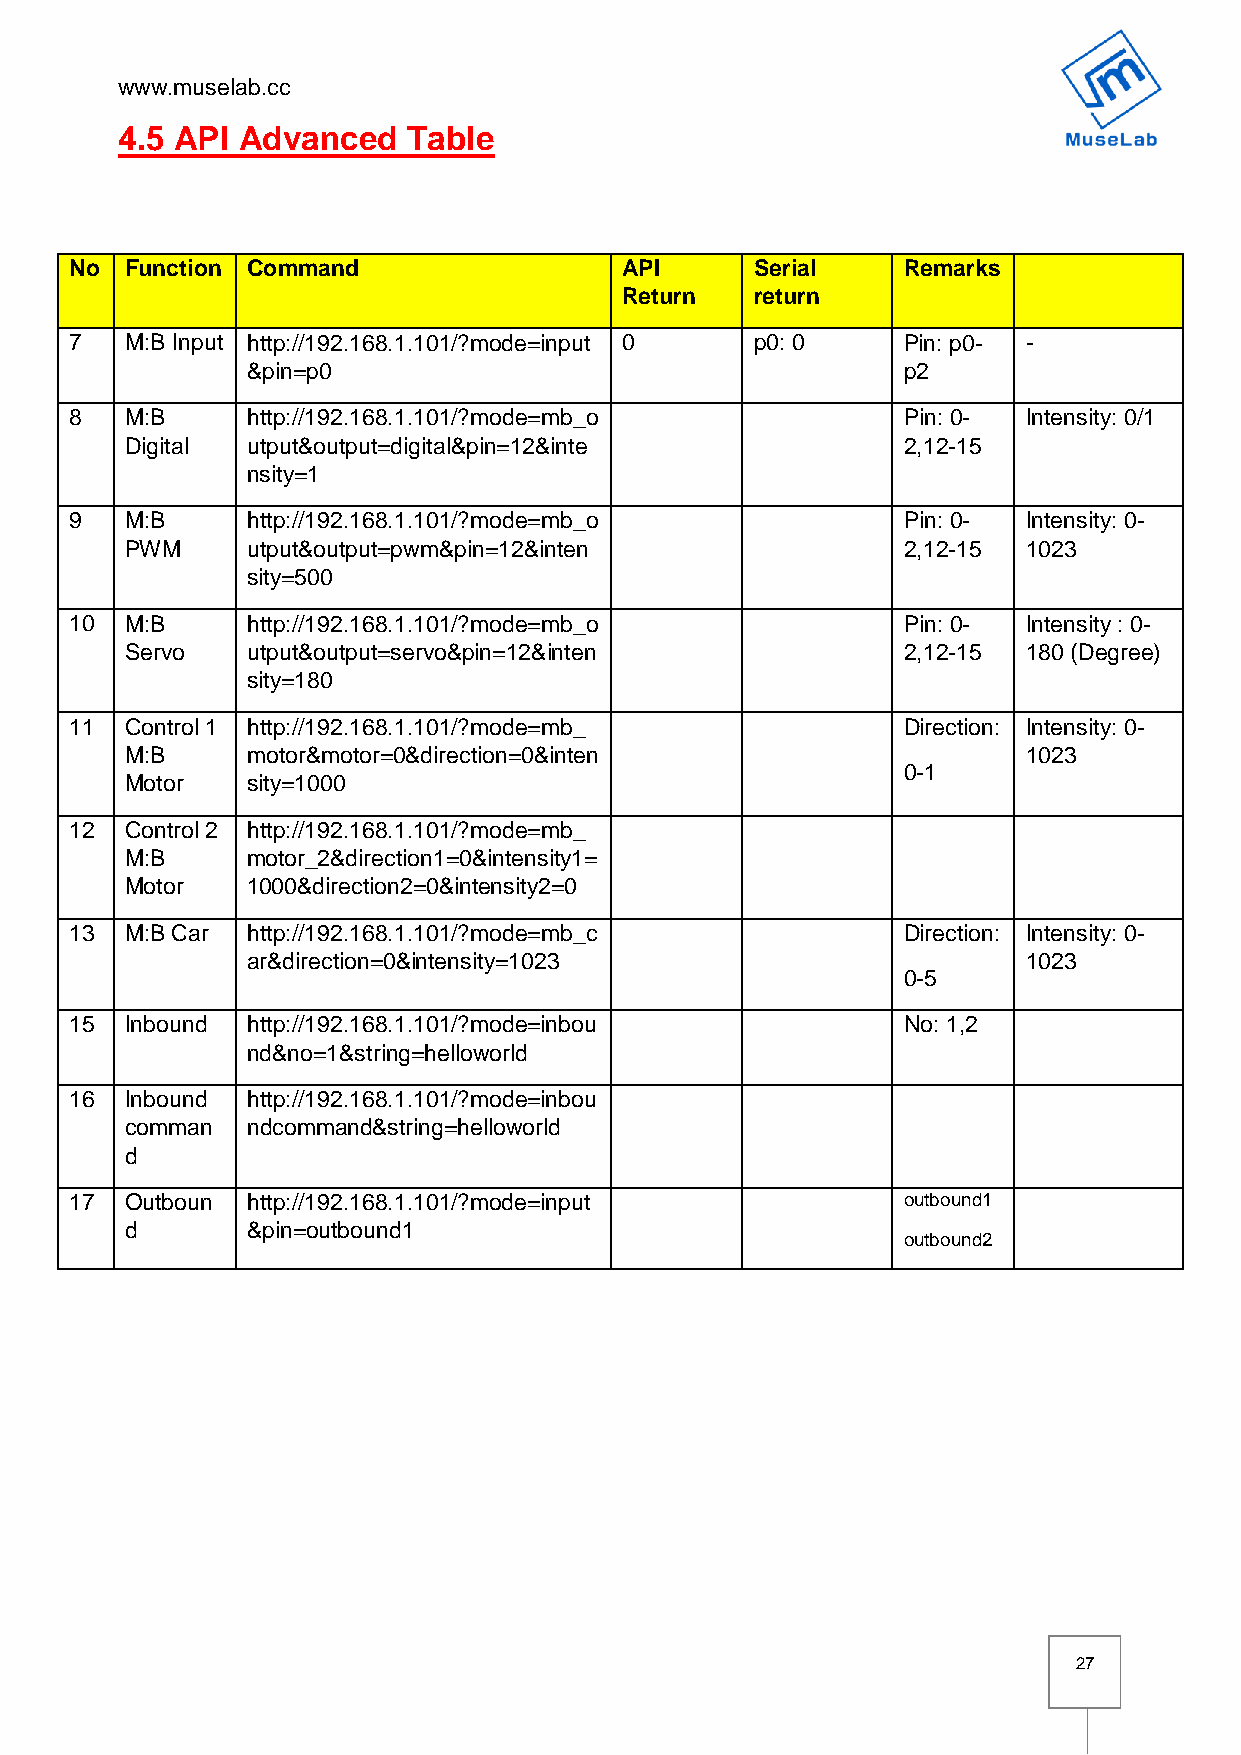
www.muselab.cc
 4.5 API Advanced   Table
 No Function Command                 API      Serial    Remarks
 Return   return
 7  M:B Input http://192.168.1.101/?mode=input 0 p0: 0  Pin: p0- -
 &pin=p0                                     p2
 8  M:B     http://192.168.1.101/?mode=mb_o             Pin: 0- Intensity: 0/1
 Digital utput&output=digital&pin=12&inte            2,12-15
 nsity=1
 9  M:B     http://192.168.1.101/?mode=mb_o             Pin: 0- Intensity: 0-
 PWM     utput&output=pwm&pin=12&inten               2,12-15 1023
 sity=500
 10 M:B     http://192.168.1.101/?mode=mb_o             Pin: 0- Intensity : 0-
 Servo   utput&output=servo&pin=12&inten             2,12-15 180 (Degree)
 sity=180
 11 Control 1 http://192.168.1.101/?mode=mb_            Direction: Intensity: 0-
 M:B     motor&motor=0&direction=0&inten                     1023
 0-1
 Motor   sity=1000
 12 Control 2 http://192.168.1.101/?mode=mb_
 M:B     motor_2&direction1=0&intensity1=
 Motor   1000&direction2=0&intensity2=0
 13 M:B Car http://192.168.1.101/?mode=mb_c             Direction: Intensity: 0-
 ar&direction=0&intensity=1023                       1023
 0-5
 15 Inbound http://192.168.1.101/?mode=inbou            No: 1,2
 nd&no=1&string=helloworld
 16 Inbound http://192.168.1.101/?mode=inbou
 comman  ndcommand&string=helloworld
 d
 17 Outboun http://192.168.1.101/?mode=input            outbound1
 d       &pin=outbound1
 outbound2
 27